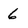
Character: 6